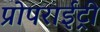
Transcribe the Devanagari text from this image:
प्रोपराईट्री